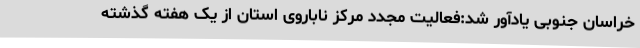
خراسان جنوبی یادآور شد:فعالیت مجدد مرکز ناباروی استان از یک هفته گذشته